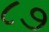
૮૭